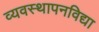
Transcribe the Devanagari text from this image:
व्यवस्थापनविद्या